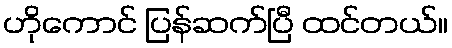
ဟိုကောင် ပြန်ဆက်ပြီ ထင်တယ်။